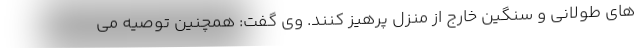
های طولانی و سنگین خارج از منزل پرهیز کنند. وی گفت: همچنین توصیه می